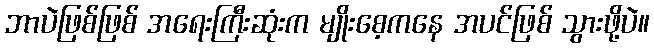
ဘာပဲဖြစ်ဖြစ် အရေးကြီးဆုံးက မျိုးစေ့ကနေ အပင်ဖြစ် သွားဖို့ပဲ။